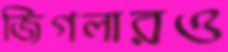
জিগলারও